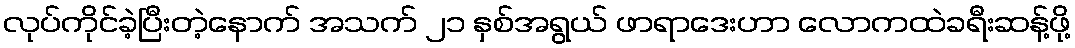
လုပ်ကိုင်ခဲ့ပြီးတဲ့နောက် အသက် ၂၁ နှစ်အရွယ် ဖာရာဒေးဟာ လောကထဲခရီးဆန့်ဖို့